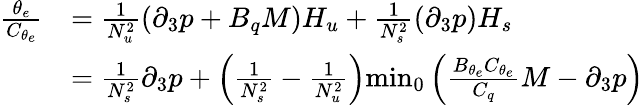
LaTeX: \begin{array}{rl}{\frac{\theta_{e}}{C_{\theta_{e}}}}&{=\frac{1}{N_{u}^{2}}\left(\partial_{3}p+B_{q}M\right)H_{u}+\frac{1}{N_{s}^{2}}\left(\partial_{3}p\right)H_{s}}\\ &{=\frac{1}{N_{s}^{2}}\partial_{3}p+\left(\frac{1}{N_{s}^{2}}-\frac{1}{N_{u}^{2}}\right){\operatorname*{min}}_{0}\left(\frac{B_{\theta_{e}}C_{\theta_{e}}}{C_{q}}M-\partial_{3}p\right)}\end{array}